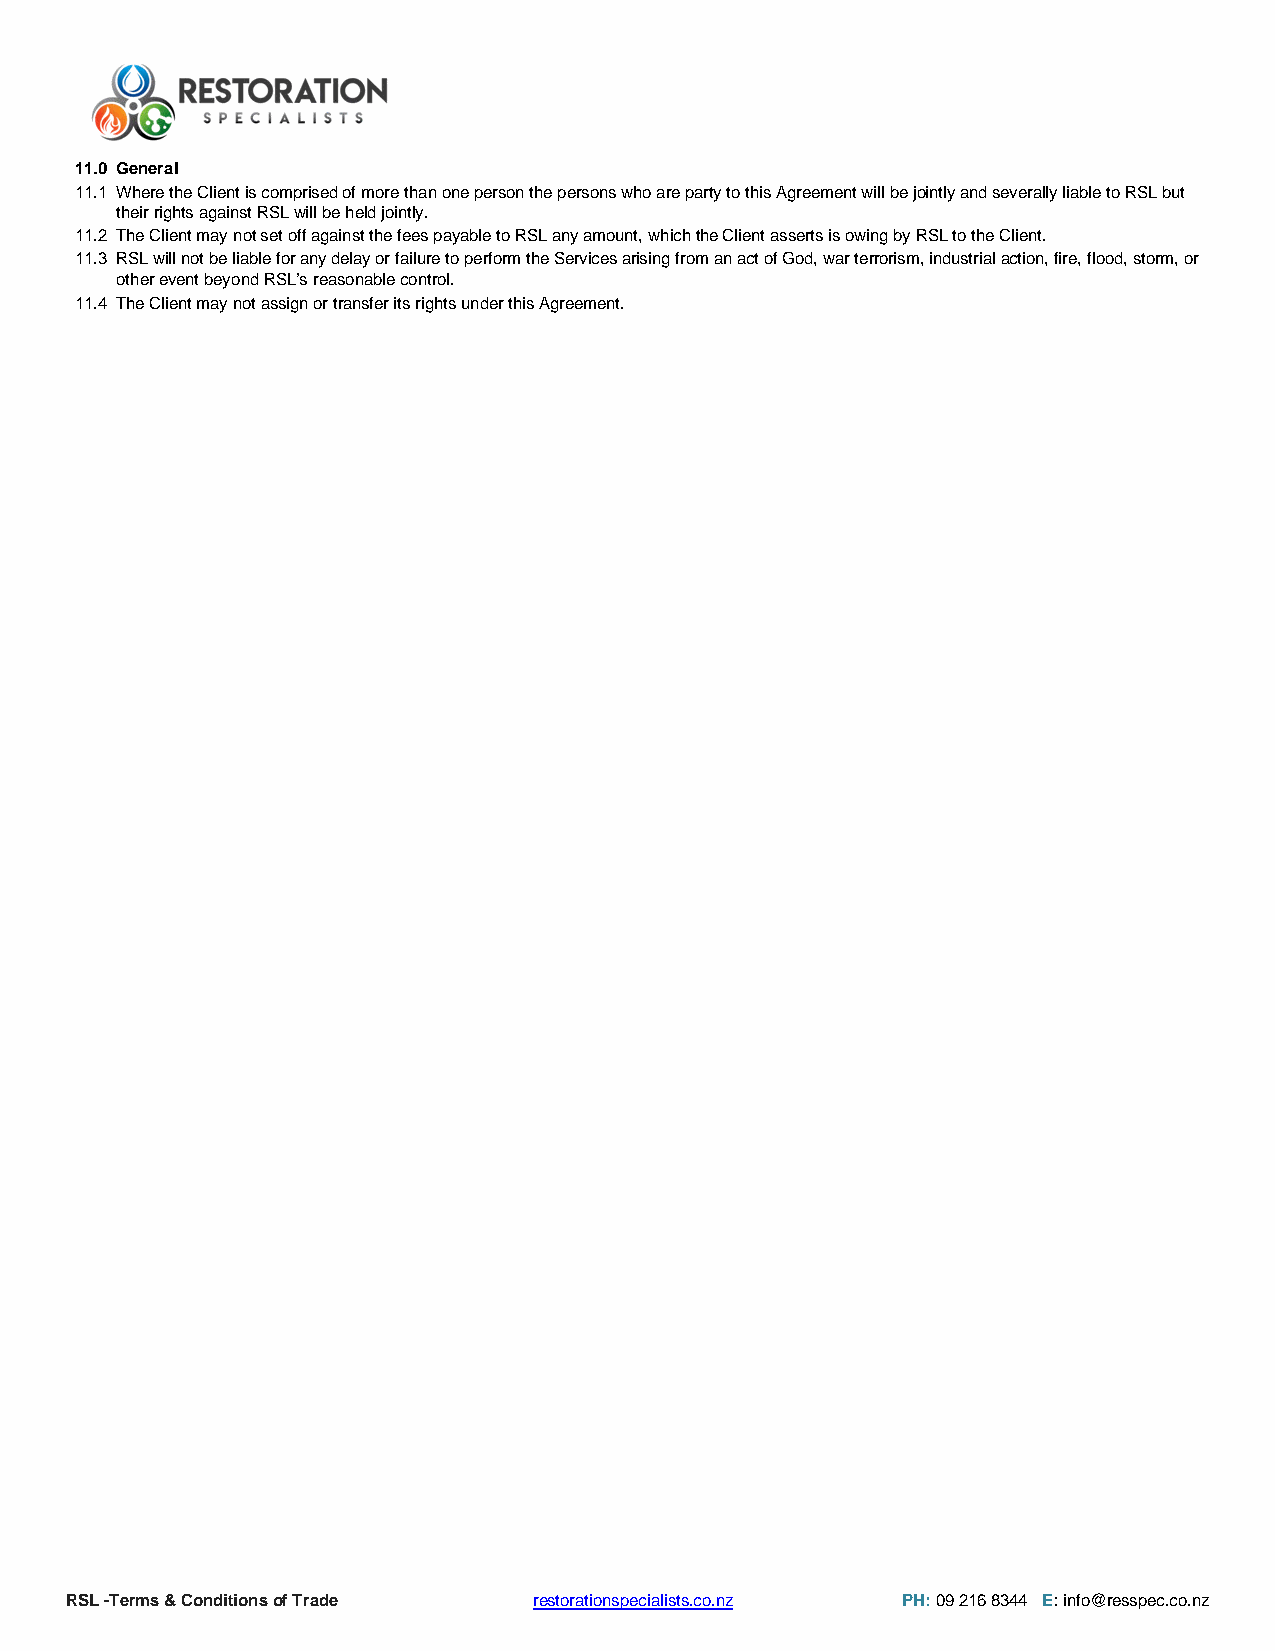
11.0 General
 11.1 Where the Client is comprised of more than one person the persons who are party to this Agreement will be jointly and severally liable to RSL but
 their rights against RSL will be held jointly.
 11.2 The Client may not set off against the fees payable to RSL any amount, which the Client asserts is owing by RSL to the Client.
 11.3 RSL will not be liable for any delay or failure to perform the Services arising from an act of God, war terrorism, industrial action, fire, flood, storm, or
 other event beyond RSL’s reasonable control.
 11.4 The Client may not assign or transfer its rights under this Agreement.
 RSL -Terms & Conditions of Trade restorationspecialists.co.nz PH: 09 216 8344 E : i n f o @resspec.co.nz